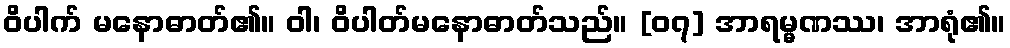
ဝိပါက် မနောဓာတ်၏။ ဝါ၊ ဝိပါတ်မနောဓာတ်သည်။ [၀၇] အာရမ္မဏဿ၊ အာရုံ၏။